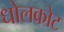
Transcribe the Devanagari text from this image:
धोलकोट